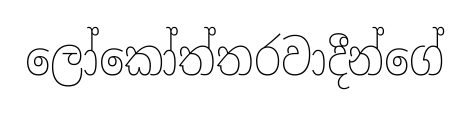
ලෝකෝත්තරවාදීන්ගේ